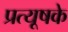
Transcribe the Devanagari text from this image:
प्रत्यूषके